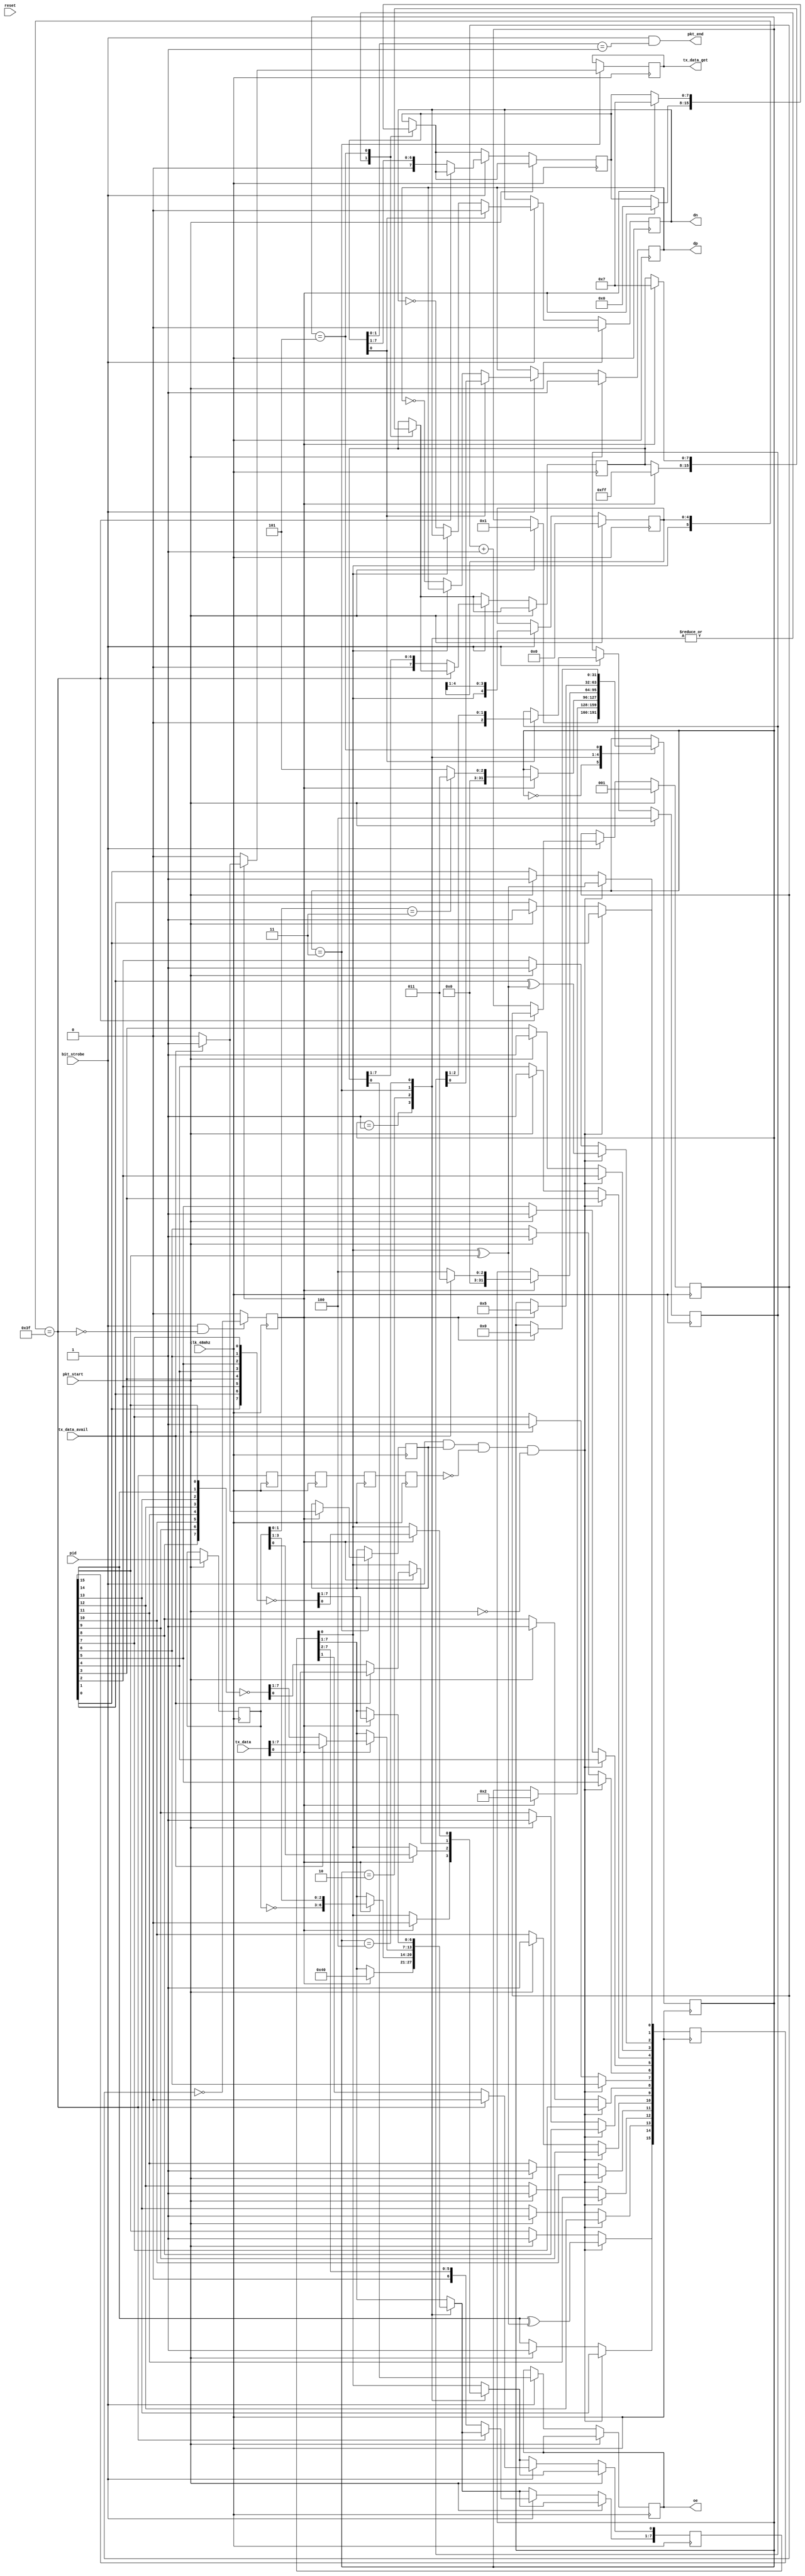
module usb_fs_tx (
  // A 48MHz clock is required to receive USB data at 12MHz
  // it's simpler to juse use 48MHz everywhere
  input clk_48mhz,
  input reset,

  // bit strobe from rx to align with senders clock
  input bit_strobe,

  // output enable to take ownership of bus and data out
  output reg oe = 0,
  output reg dp = 0,
  output reg dn = 0,

  // pulse to initiate new packet transmission
  input pkt_start,
  output pkt_end,

  // pid to send
  input [3:0] pid,

  // tx logic pulls data until there is nothing available
  input tx_data_avail,  
  output reg tx_data_get = 0,
  input [7:0] tx_data
);
  wire clk = clk_48mhz;

  // save packet parameters at pkt_start
  reg [3:0] pidq = 0;

  always @(posedge clk) begin
    if (pkt_start) begin
      pidq <= pid;
    end
  end

  reg [7:0] data_shift_reg = 0;
  reg [7:0] oe_shift_reg = 0;
  reg [7:0] se0_shift_reg = 0;


  wire serial_tx_data = data_shift_reg[0];
  wire serial_tx_oe = oe_shift_reg[0];
  wire serial_tx_se0 = se0_shift_reg[0];


  // serialize sync, pid, data payload, and crc16
  reg byte_strobe = 0;
  reg [2:0] bit_count = 0;

  reg [4:0] bit_history_q = 0;
  wire [5:0] bit_history = {serial_tx_data, bit_history_q};
  wire bitstuff = bit_history == 6'b111111;
  reg bitstuff_q = 0;
  reg bitstuff_qq = 0;
  reg bitstuff_qqq = 0;
  reg bitstuff_qqqq = 0;


  always @(posedge clk) begin
    bitstuff_q <= bitstuff;
    bitstuff_qq <= bitstuff_q;
    bitstuff_qqq <= bitstuff_qq;
    bitstuff_qqqq <= bitstuff_qqq;
  end

  assign pkt_end = bit_strobe && se0_shift_reg[1:0] == 2'b01;

  reg data_payload = 0;

  reg [31:0] pkt_state = 0;
  localparam IDLE = 0;
  localparam SYNC = 1;
  localparam PID = 2;
  localparam DATA_OR_CRC16_0 = 3;
  localparam CRC16_1 = 4;
  localparam EOP = 5;

  reg [15:0] crc16 = 0;

  always @(posedge clk) begin
    case (pkt_state)
      IDLE : begin
        if (pkt_start) begin
          pkt_state <= SYNC;
        end
      end

      SYNC : begin
        if (byte_strobe) begin
          pkt_state <= PID;
          data_shift_reg <= 8'b10000000;
          oe_shift_reg <= 8'b11111111;
          se0_shift_reg <= 8'b00000000;
        end
      end

      PID : begin
        if (byte_strobe) begin
          if (pidq[1:0] == 2'b11) begin
            pkt_state <= DATA_OR_CRC16_0;
          end else begin
            pkt_state <= EOP;
          end

          data_shift_reg <= {~pidq, pidq};
          oe_shift_reg <= 8'b11111111;
          se0_shift_reg <= 8'b00000000;
        end
      end

      DATA_OR_CRC16_0 : begin
        if (byte_strobe) begin
          if (tx_data_avail) begin
            pkt_state <= DATA_OR_CRC16_0;
            data_payload <= 1;
            tx_data_get <= 1;
            data_shift_reg <= tx_data;
            oe_shift_reg <= 8'b11111111;
            se0_shift_reg <= 8'b00000000;
          end else begin
            pkt_state <= CRC16_1;
            data_payload <= 0;
            tx_data_get <= 0;
            data_shift_reg <= ~{crc16[8], crc16[9], crc16[10], crc16[11], crc16[12], crc16[13], crc16[14], crc16[15]};
            oe_shift_reg <= 8'b11111111;
            se0_shift_reg <= 8'b00000000;
          end
        end else begin
          tx_data_get <= 0; 
        end
      end

      CRC16_1 : begin
        if (byte_strobe) begin
          pkt_state <= EOP;
          data_shift_reg <= ~{crc16[0], crc16[1], crc16[2], crc16[3], crc16[4], crc16[5], crc16[6], crc16[7]};
          oe_shift_reg <= 8'b11111111;
          se0_shift_reg <= 8'b00000000;
        end
      end

      EOP : begin
        if (byte_strobe) begin
          pkt_state <= IDLE;
          oe_shift_reg <= 8'b00000111;
          se0_shift_reg <= 8'b00000111;
        end
      end
    endcase

    if (bit_strobe && !bitstuff) begin
      byte_strobe <= (bit_count == 3'b000);
    end else begin
      byte_strobe <= 0;
    end

    if (pkt_start) begin
      bit_count <= 1;
      bit_history_q <= 0;

    end else if (bit_strobe) begin
      // bitstuff
      if (bitstuff /* && !serial_tx_se0*/) begin
        bit_history_q <= bit_history[5:1];
        data_shift_reg[0] <= 0;

      // normal deserialize
      end else begin
        bit_count <= bit_count + 1;

        data_shift_reg <= (data_shift_reg >> 1);
        oe_shift_reg <= (oe_shift_reg >> 1);
        se0_shift_reg <= (se0_shift_reg >> 1);

        bit_history_q <= bit_history[5:1];
      end
    end
  end



  // calculate crc16
  wire crc16_invert = serial_tx_data ^ crc16[15];  

  always @(posedge clk) begin
    if (pkt_start) begin
      crc16 <= 16'b1111111111111111;
    end

    if (bit_strobe && data_payload && !bitstuff_qqqq && !pkt_start) begin
      crc16[15] <= crc16[14] ^ crc16_invert;
      crc16[14] <= crc16[13];
      crc16[13] <= crc16[12];
      crc16[12] <= crc16[11];
      crc16[11] <= crc16[10];
      crc16[10] <= crc16[9];
      crc16[9] <= crc16[8];
      crc16[8] <= crc16[7];
      crc16[7] <= crc16[6];
      crc16[6] <= crc16[5];
      crc16[5] <= crc16[4];
      crc16[4] <= crc16[3];
      crc16[3] <= crc16[2];
      crc16[2] <= crc16[1] ^ crc16_invert;
      crc16[1] <= crc16[0];
      crc16[0] <= crc16_invert;
    end
  end

  reg [2:0] dp_eop = 0;


  // nrzi and differential driving
  always @(posedge clk) begin
    if (pkt_start) begin
      // J
      dp <= 1;
      dn <= 0;
      
      dp_eop <= 3'b100;

    end else if (bit_strobe) begin
      oe <= serial_tx_oe;

      if (serial_tx_se0) begin
        dp <= dp_eop[0];
        dn <= 0;

        dp_eop <= dp_eop >> 1;

      end else if (serial_tx_data) begin
        // value should stay the same, do nothing

      end else begin
        dp <= !dp;
        dn <= !dn;
      end
    end
  end 

endmodule